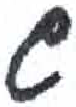
אות: ש